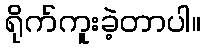
ရိုက်ကူးခဲ့တာပါ။